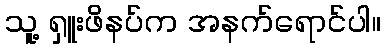
သူ့ ရှူးဖိနပ်က အနက်ရောင်ပါ။